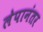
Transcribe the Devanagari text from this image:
लेपानंतर